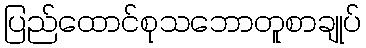
ပြည်ထောင်စုသဘောတူစာချုပ်